Elephants and their diseases
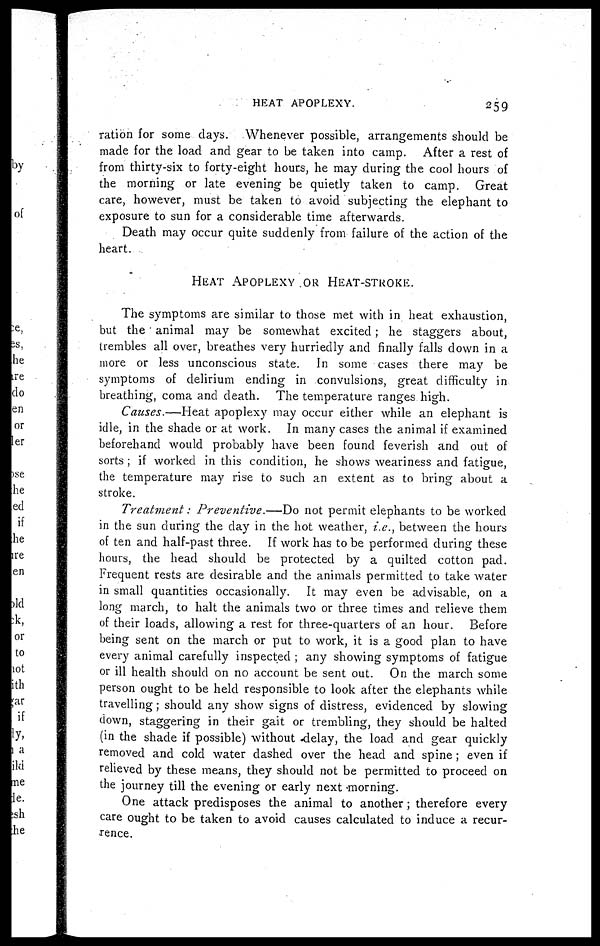
HEAT APOPLEXY.
259
ration for some clays. Whenever possible, arrangements should be
made for the load and gear to be taken into camp. After a rest of
from thirty-six to forty-eight hours, he may during the cool hours of
the morning or late evening be quietly taken to camp. Great
care, however, must be taken to avoid subjecting the elephant to
exposure to sun for a considerable time afterwards.
Death may occur quite suddenly from failure of the action of the
heart.
HEAT APOPLEXY OR HEAT-STROKE.
The symptoms are similar to those met with in heat exhaustion,
but the ' animal may be somewhat excited ; he staggers about,
trembles all over, breathes very hurriedly and finally falls down in a
more or less unconscious state. In some cases there may be
symptoms of delirium ending in convulsions, great difficulty in
breathing, coma and death. The temperature ranges high.
Causes.—Heat apoplexy may occur either while an elephant is
idle, in the shade or at work. In many cases the animal if examined
beforehand would probably have been found feverish and out of
sorts ; if worked in this condition, he shows weariness and fatigue,
the temperature may rise to such an extent as to bring about a
stroke.
Treatment : Preventive.—Do
not permit elephants to be worked
in the sun during the clay in the hot weather, i.e., between the hours
of ten and half-past three. If work has to be performed during these
hours, the head should be protected by a quilted cotton pad.
Frequent rests are desirable and the animals permitted to take water
in small quantities occasionally. It may even be advisable, on a
long march, to halt the animals two or three times and relieve them
of their loads, allowing a rest for three-quarters of an hour. Before
being sent on the march or put to work, it is a good plan to have
every animal carefully inspected ; any showing symptoms of fatigue
or ill health should on no account be sent out. On the march some
person ought to be held responsible to look after the elephants while
travelling ; should any show signs of distress, evidenced by slowing
clown, staggering in their gait or trembling, they should be halted
(in the shade if possible) without delay, the load and gear quickly
removed and cold water dashed over the head and spine ; even if
relieved by these means, they should not be permitted to proceed on
the journey till the evening or early next morning.
One attack predisposes the animal to another ; therefore every
care ought to be taken to avoid causes calculated to induce a recur-
rence.